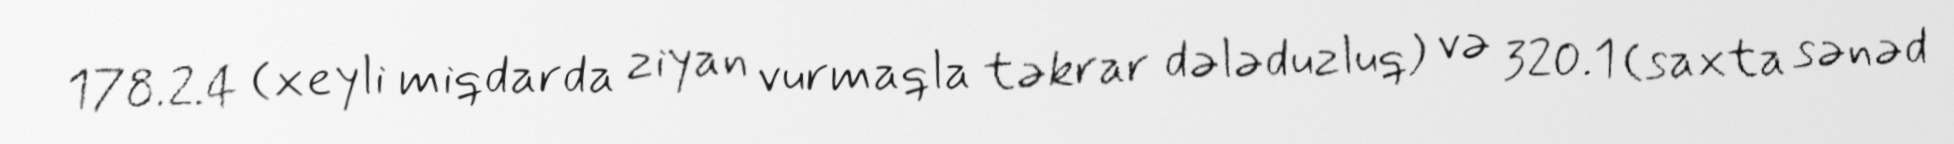
178.2.4 (xeyli miqdarda ziyan vurmaqla təkrar dələduzluq) və 320.1 (saxta sənəd